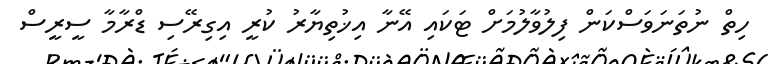
ހިތް ނުތަނަވަސްކަން ފިލުވާލުމަށް ޓަކައި އޭނާ އިޚުތިޔާރު ކުރީ އިގިރޭސި ޑްރާމާ ސީރީސް